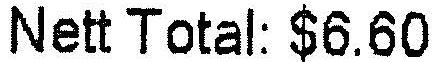
NETT TOTAL: $6.60